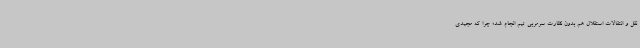
نقل و انتقالات استقلال هم بدون نظارت سرمربی تیم انجام شد؛ چرا که مجیدی